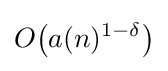
O{\bigl (}a(n)^{1-\delta }{\bigr )}